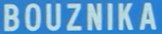
BOUZNIKA